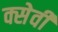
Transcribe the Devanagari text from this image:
क्सेवी